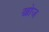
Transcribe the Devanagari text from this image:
ख्रोज